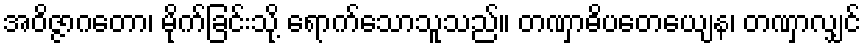
အဝိဇ္ဇာဂတော၊ မိုက်ခြင်းသို့ ရောက်သောသူသည်။ တဏှာဓိပတေယျေန၊ တဏှာလျှင်